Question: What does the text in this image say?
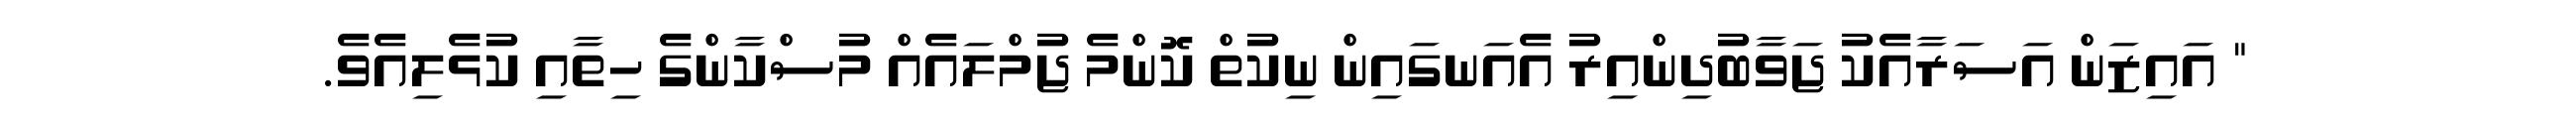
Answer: " އައިޒަން އަސަރާއެކު ޖަވާބުދިންއިރު އެއަނގައިން ނިކުތް ކޮންމެ ޖުމްލައެއް މުސްކާންގެ ހިތާއި ކުޅެލިއެވެ.